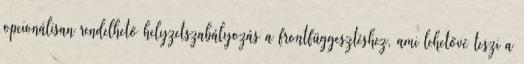
opcionálisan rendelhető helyzetszabályozás a frontfüggesztéshez, ami lehetővé teszi a